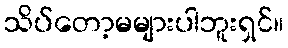
သိပ်တော့မများပါဘူးရှင်။